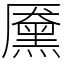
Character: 黡